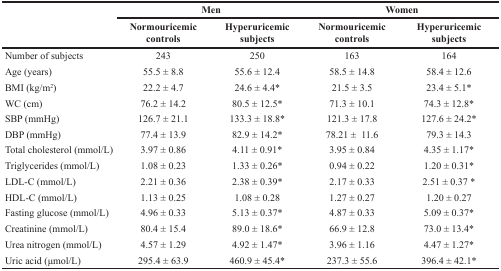
<table><thead><tr><td rowspan="2"></td><td colspan="2"><b>Men</b></td><td colspan="2"><b>Women</b></td></tr><tr><td><b>Normouricemic controls</b></td><td><b>Hyperuricemic subjects</b></td><td><b>Normouricemic controls</b></td><td><b>Hyperuricemic subjects</b></td></tr></thead><tbody><tr><td>Number of subjects</td><td>243</td><td>250</td><td>163</td><td>164</td></tr><tr><td>Age (years)</td><td>55.5 ± 8.8</td><td>55.6 ± 12.4</td><td>58.5 ± 14.8</td><td>58.4 ± 12.6</td></tr><tr><td>BMI (kg/m<sup>2</sup>)</td><td>22.2 ± 4.7</td><td>24.6 ± 4.4*</td><td>21.5 ± 3.5</td><td>23.4 ± 5.1*</td></tr><tr><td>WC (cm)</td><td>76.2 ± 14.2</td><td>80.5 ± 12.5*</td><td>71.3 ± 10.1</td><td>74.3 ± 12.8*</td></tr><tr><td>SBP (mmHg)</td><td>126.7 ± 21.1</td><td>133.3 ± 18.8*</td><td>121.3 ± 17.8</td><td>127.6 ± 24.2*</td></tr><tr><td>DBP (mmHg)</td><td>77.4 ± 13.9</td><td>82.9 ± 14.2*</td><td>78.21 ± 11.6</td><td>79.3 ± 14.3</td></tr><tr><td>Total cholesterol (mmol/L)</td><td>3.97 ± 0.86</td><td>4.11 ± 0.91*</td><td>3.95 ± 0.84</td><td>4.35 ± 1.17*</td></tr><tr><td>Triglycerides (mmol/L)</td><td>1.08 ± 0.23</td><td>1.33 ± 0.26*</td><td>0.94 ± 0.22</td><td>1.20 ± 0.31*</td></tr><tr><td>LDL-C (mmol/L)</td><td>2.21 ± 0.36</td><td>2.38 ± 0.39*</td><td>2.17 ± 0.33</td><td>2.51 ± 0.37 *</td></tr><tr><td>HDL-C (mmol/L)</td><td>1.13 ± 0.25</td><td>1.08 ± 0.28</td><td>1.27 ± 0.27</td><td>1.20 ± 0.27</td></tr><tr><td>Fasting glucose (mmol/L)</td><td>4.96 ± 0.33</td><td>5.13 ± 0.37*</td><td>4.87 ± 0.33</td><td>5.09 ± 0.37*</td></tr><tr><td>Creatinine (mmol/L)</td><td>80.4 ± 15.4</td><td>89.0 ± 18.6*</td><td>66.9 ± 12.8</td><td>73.0 ± 13.4*</td></tr><tr><td>Urea nitrogen (mmol/L)</td><td>4.57 ± 1.29</td><td>4.92 ± 1.47*</td><td>3.96 ± 1.16</td><td>4.47 ± 1.27*</td></tr><tr><td>Uric acid (μmol/L)</td><td>295.4 ± 63.9</td><td>460.9 ± 45.4*</td><td>237.3 ± 55.6</td><td>396.4 ± 42.1*</td></tr></tbody></table>